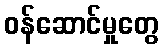
ဝန်ဆောင်မှုတွေ